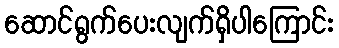
ဆောင်ရွက်ပေးလျက်ရှိပါကြောင်း